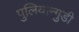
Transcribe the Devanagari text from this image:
पुलियान्गुडी